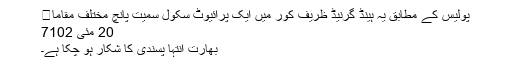
پولیس کے مطابق یہ ہینڈ گرنیڈ ظریف کور میں ایک پرائیوٹ سکول سمیت پانچ مختلف مقاما�
20 مئی‬‮ 2017
بھارت انتہا پسندی کا شکار ہو چکا ہے۔